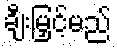
ချီးမြှင့်မည်